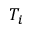
T _ { i }